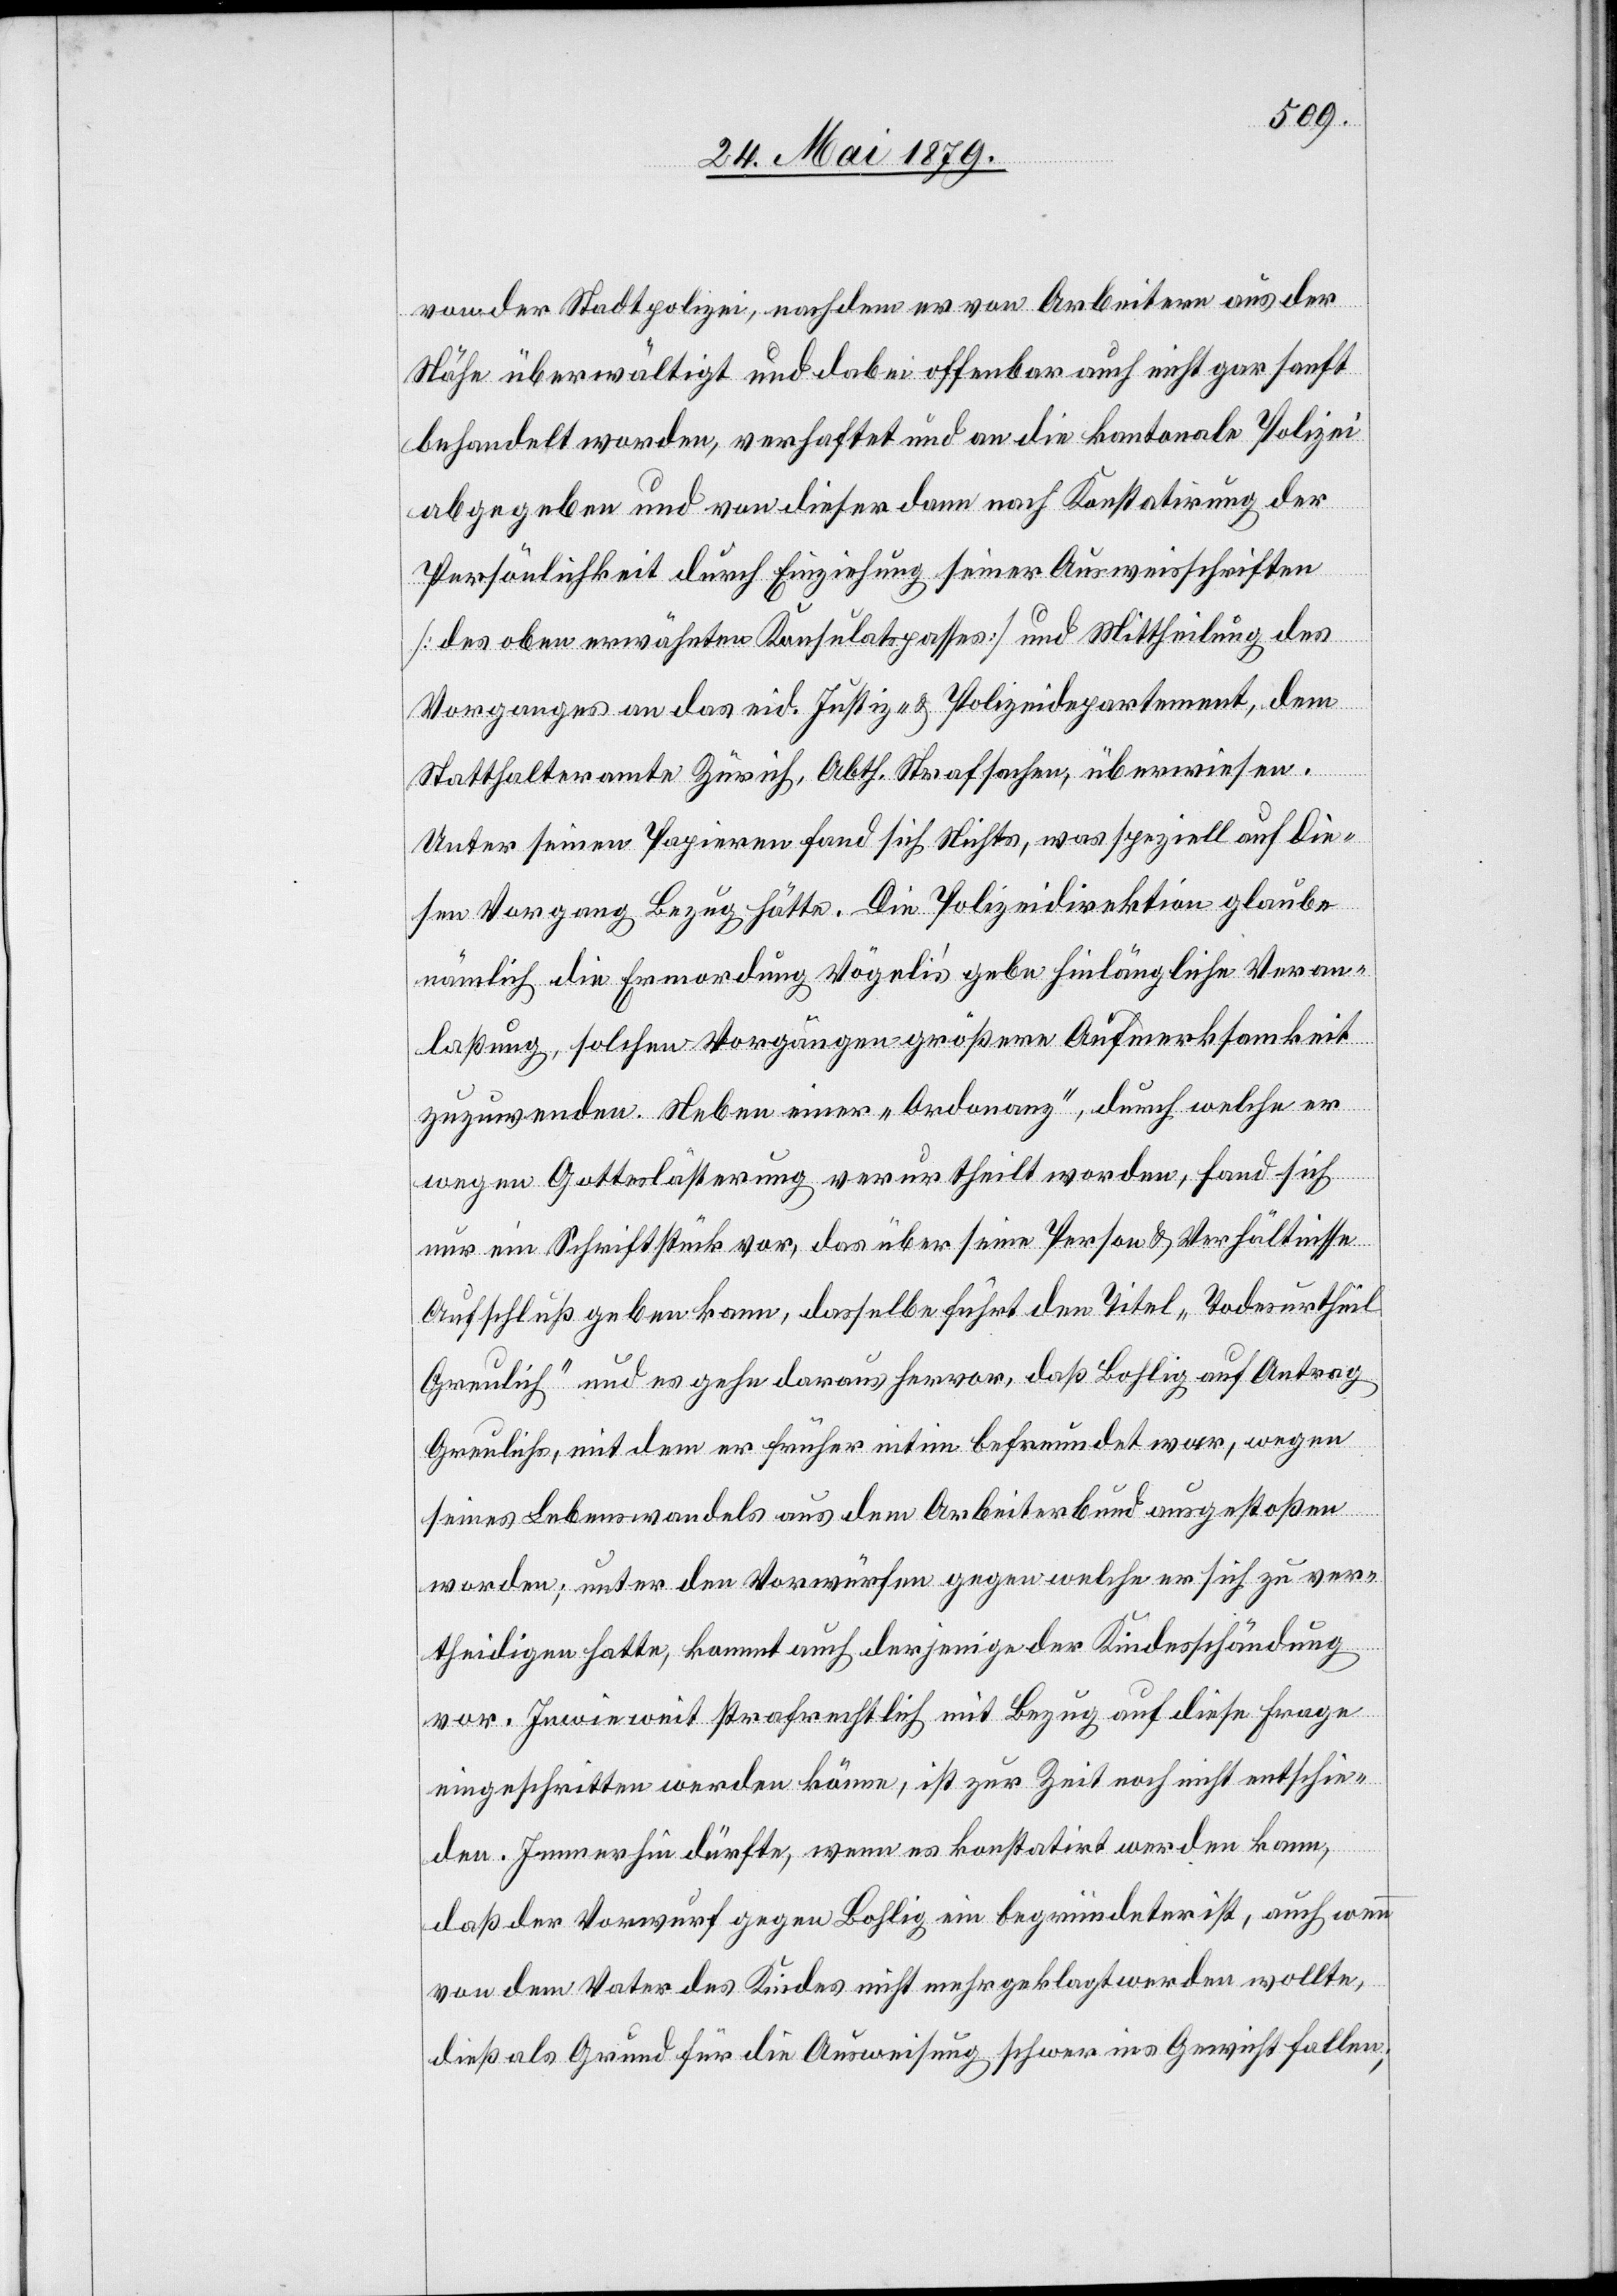
von der Stadtpolizei, nachdem er von Arbeitern aus der
Nähe überwältigt und dabei offenbar auch nicht gar sanft
behandelt worden, verhaftet und an die kantonale Polizei
abgegeben und von dieser dann nach Konstatirung der
Persönlichkeit durch Einziehung seiner Ausweisschriften
[des oben erwähnten Konsulatspasses] und Mittheilung des
Vorganges an das eid. Justiz- & Polizeidepartement, dem
Statthalteramte Zürich, Abth. Strafsachen, überwiesen.
Unter seinen Papieren fand sich Nichts, was speziell auf die¬
sen Vorgang Bezug hätte. Die Polizeidirektion glaube
nämlich die Ermordung Vögeli’s gebe hinlängliche Veran¬
laßung, solchen Vorgängen größere Aufmerksamkeit
zuzuwenden. Neben einer „Ordonanz“, durch welche er
wegen Gotteslästerung verurtheilt worden, fand sich
nur ein Schriftstück vor, das über seine Person & Verhältnisse
Aufschluß geben kann, dasselbe führt den Titel „Todesurtheil
Greulich“ und es gehe daraus hervor, daß Bohlig auf Antrag
Greulichs, mit dem er früher intim befreundet war, wegen
seines Lebenswandels aus dem Arbeiterbund ausgestoßen
worden; unter den Vorwürfen gegen welche er sich zu ver¬
theidigen hatte, kommt auch derjenige der Kindesschändung
vor. Inwieweit strafrechtlich mit Bezug auf diese Frage
eingeschritten werden könne, ist zur Zeit noch nicht entschie¬
den. Immerhin dürfte, wenn es konstatirt werden kann,
daß der Vorwurf gegen Bohlig ein begründeter ist, auch wenn
von dem Vater des Kindes nicht mehr geklagt werden wollte,
dieß als Grund für die Ausweisung schwer ins Gericht fallen;